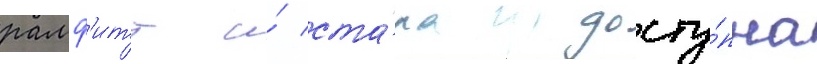
рамф'итт и́ ста́ла досту́пна